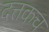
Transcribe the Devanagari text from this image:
दत्तकच